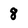
Character: 8